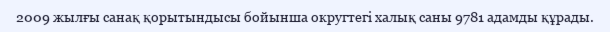
2009 жылғы санақ қорытындысы бойынша округтегі халық саны 9781 адамды құрады.